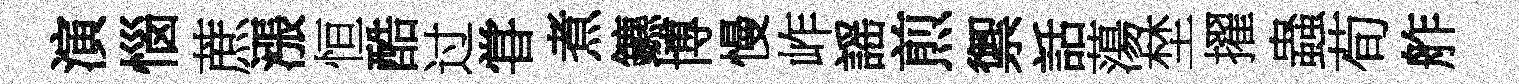
演惱蔗漲恒酷过甞煮鑣博慢岞謡煎禦話蕩埜擢蟲荀舴